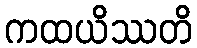
ကထယိဿတိ